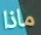
ماذا